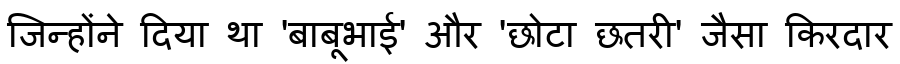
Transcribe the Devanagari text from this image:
जिन्होंने दिया था 'बाबूभाई' और 'छोटा छतरी' जैसा किरदार